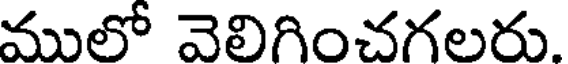
ములో వెలిగించగలరు.